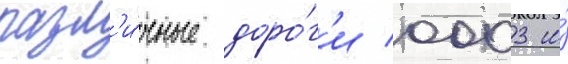
разл'и́чные доро́г'и 0003 и́